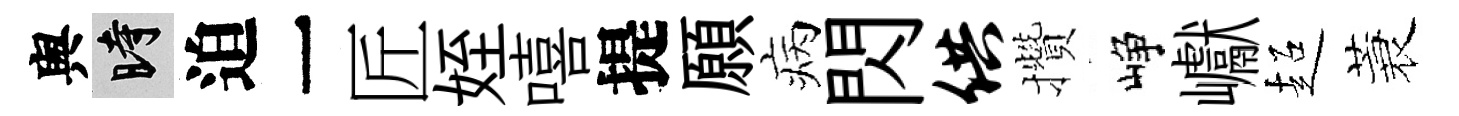
舆时迫一匠姪嘻提願病閃供攢峥巘超蓑